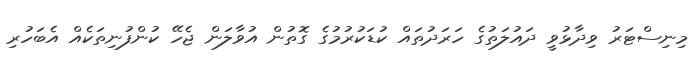
މިނިސްޓަރު ވިދާޅުވީ ދައުލަތުގެ ހަރަދުތައް ކުޑަކުރުމުގެ ގޮތުން އުވާލަން ޖެހޭ ކުންފުނިތަކެއް އެބަހުރި